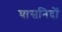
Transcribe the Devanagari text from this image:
घासनिदों